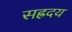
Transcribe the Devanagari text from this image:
सह्रदय